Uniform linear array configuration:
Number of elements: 24
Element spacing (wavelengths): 0.5
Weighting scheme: blackman
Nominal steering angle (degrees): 45
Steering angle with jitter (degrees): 44.529
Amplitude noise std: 0.05
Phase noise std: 0.05

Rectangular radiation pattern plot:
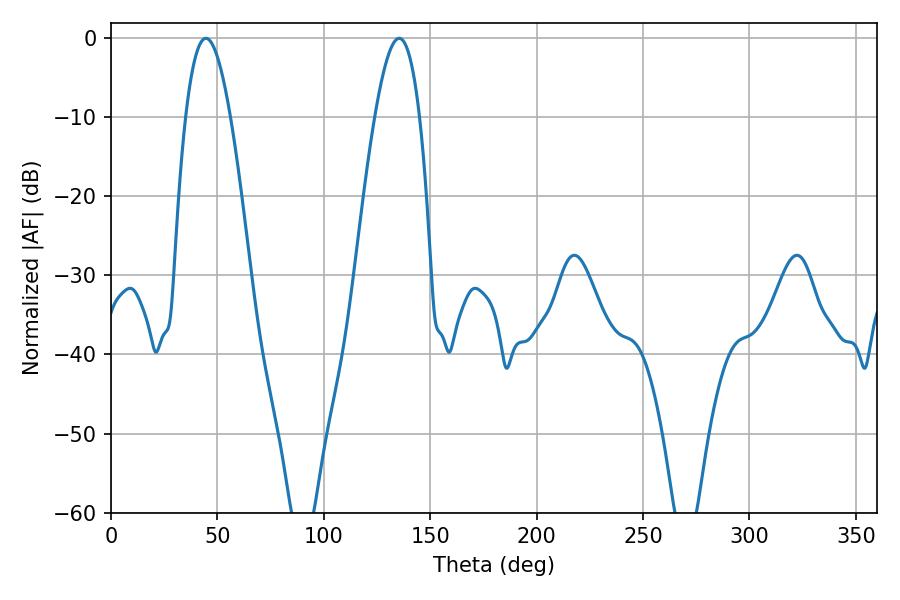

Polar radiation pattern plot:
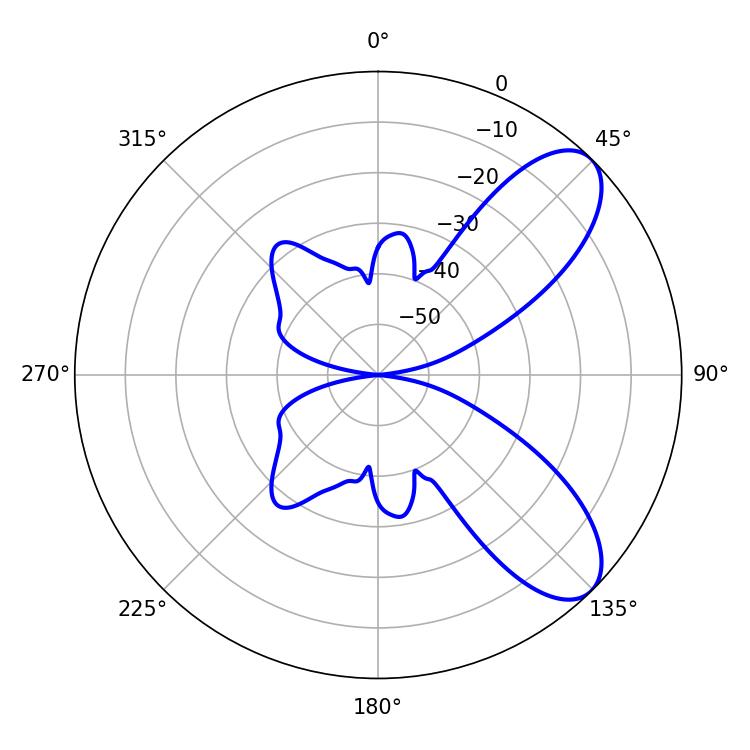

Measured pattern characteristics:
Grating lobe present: FALSE
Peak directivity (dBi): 8.171
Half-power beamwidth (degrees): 11.34
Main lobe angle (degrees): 44.64